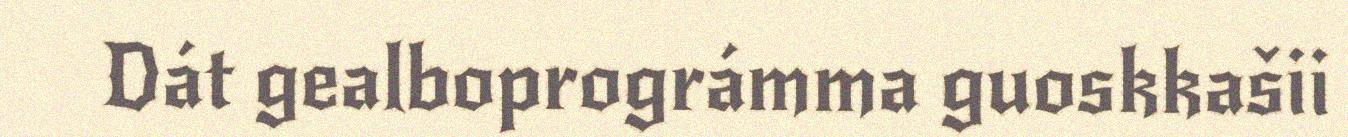
Dát gealboprográmma guoskkašii